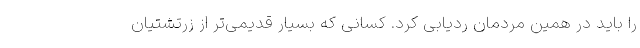
را باید در همین مردمان ردیابی کرد. کسانی که بسیار قدیمی‌تر از زرتشتیان